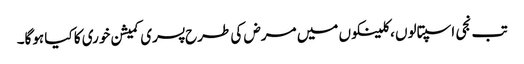
تب نجی اسپتالوں ، کلینکوں میں مرض کی طرح پسری کمیشن خوری کا کیا ہوگا۔